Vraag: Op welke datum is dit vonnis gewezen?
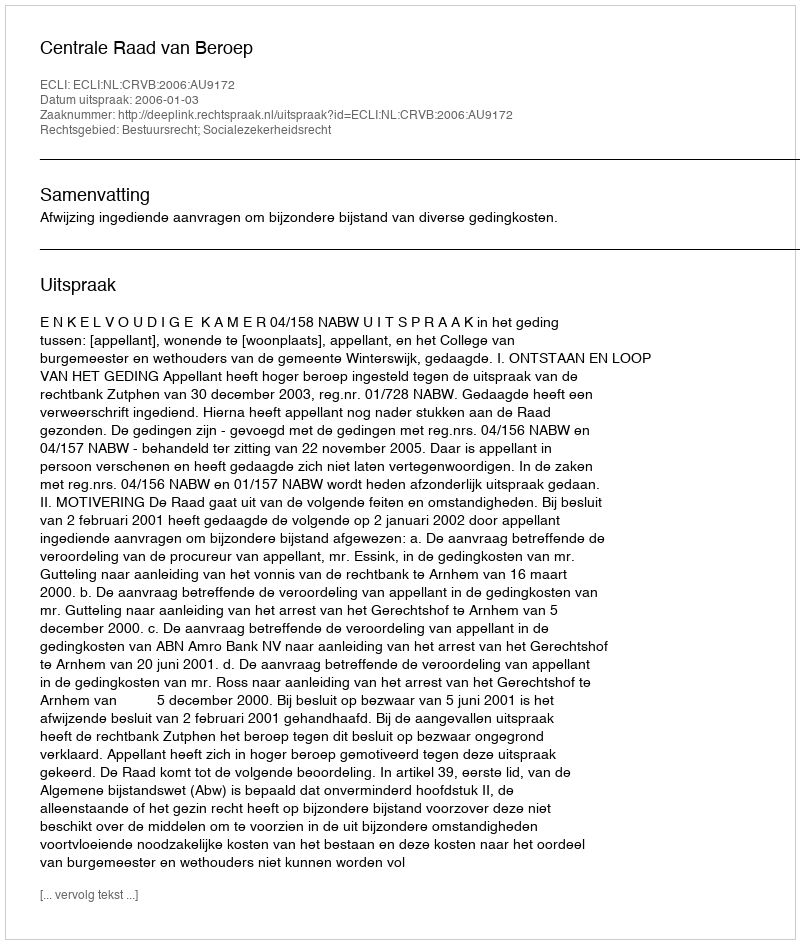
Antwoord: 2006-01-03